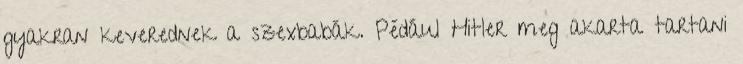
gyakran keverednek a szexbabák. Pédául Hitler meg akarta tartani